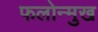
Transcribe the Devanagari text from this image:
फलोन्मुख